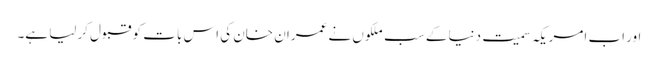
اور اب امریکہ سمیت دنیا کے سب ملکوں نے عمران خان کی اس بات کو قبول کرلیا ہے۔